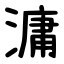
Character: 滽